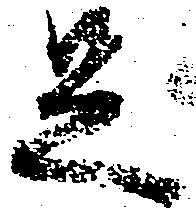
足